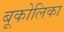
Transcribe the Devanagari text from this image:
बूकोलिका